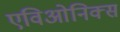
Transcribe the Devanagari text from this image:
एविओनिक्स